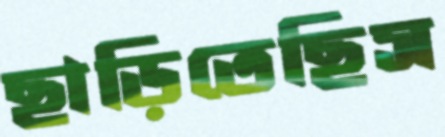
ছাড়িতেছিস